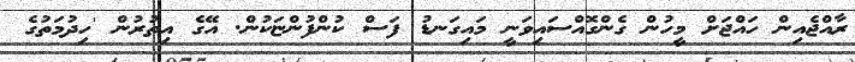
ރާއްޖެއިން ހައްޖަށް މީހުން ގެންގޮއްސައިވަނީ މައިގަނޑު ފަސް ކުންފުންޏަކުން. އޭގެ އިތުރުން 'ހިދުމަތުގެ